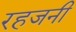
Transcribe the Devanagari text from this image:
रहजनी